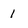
Character: 1